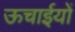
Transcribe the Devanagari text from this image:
ऊचाईयों